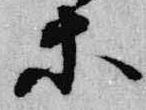
等